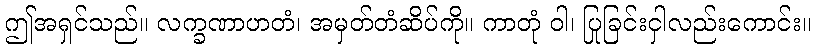
ဤအရှင်သည်။ လက္ခဏာဟတံ၊ အမှတ်တံဆိပ်ကို။ ကာတုံ ဝါ၊ ပြုခြင်းငှါလည်းကောင်း။